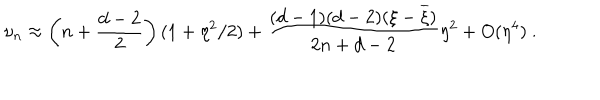
LaTeX: \nu _ { n } \approx \left( n + \frac { d - 2 } 2 \right) ( 1 + \eta ^ { 2 } / 2 ) + \frac { ( d - 1 ) ( d - 2 ) ( \xi - \overline { { { \xi } } } ) } { 2 n + d - 2 } \eta ^ { 2 } + O ( \eta ^ { 4 } ) \ .